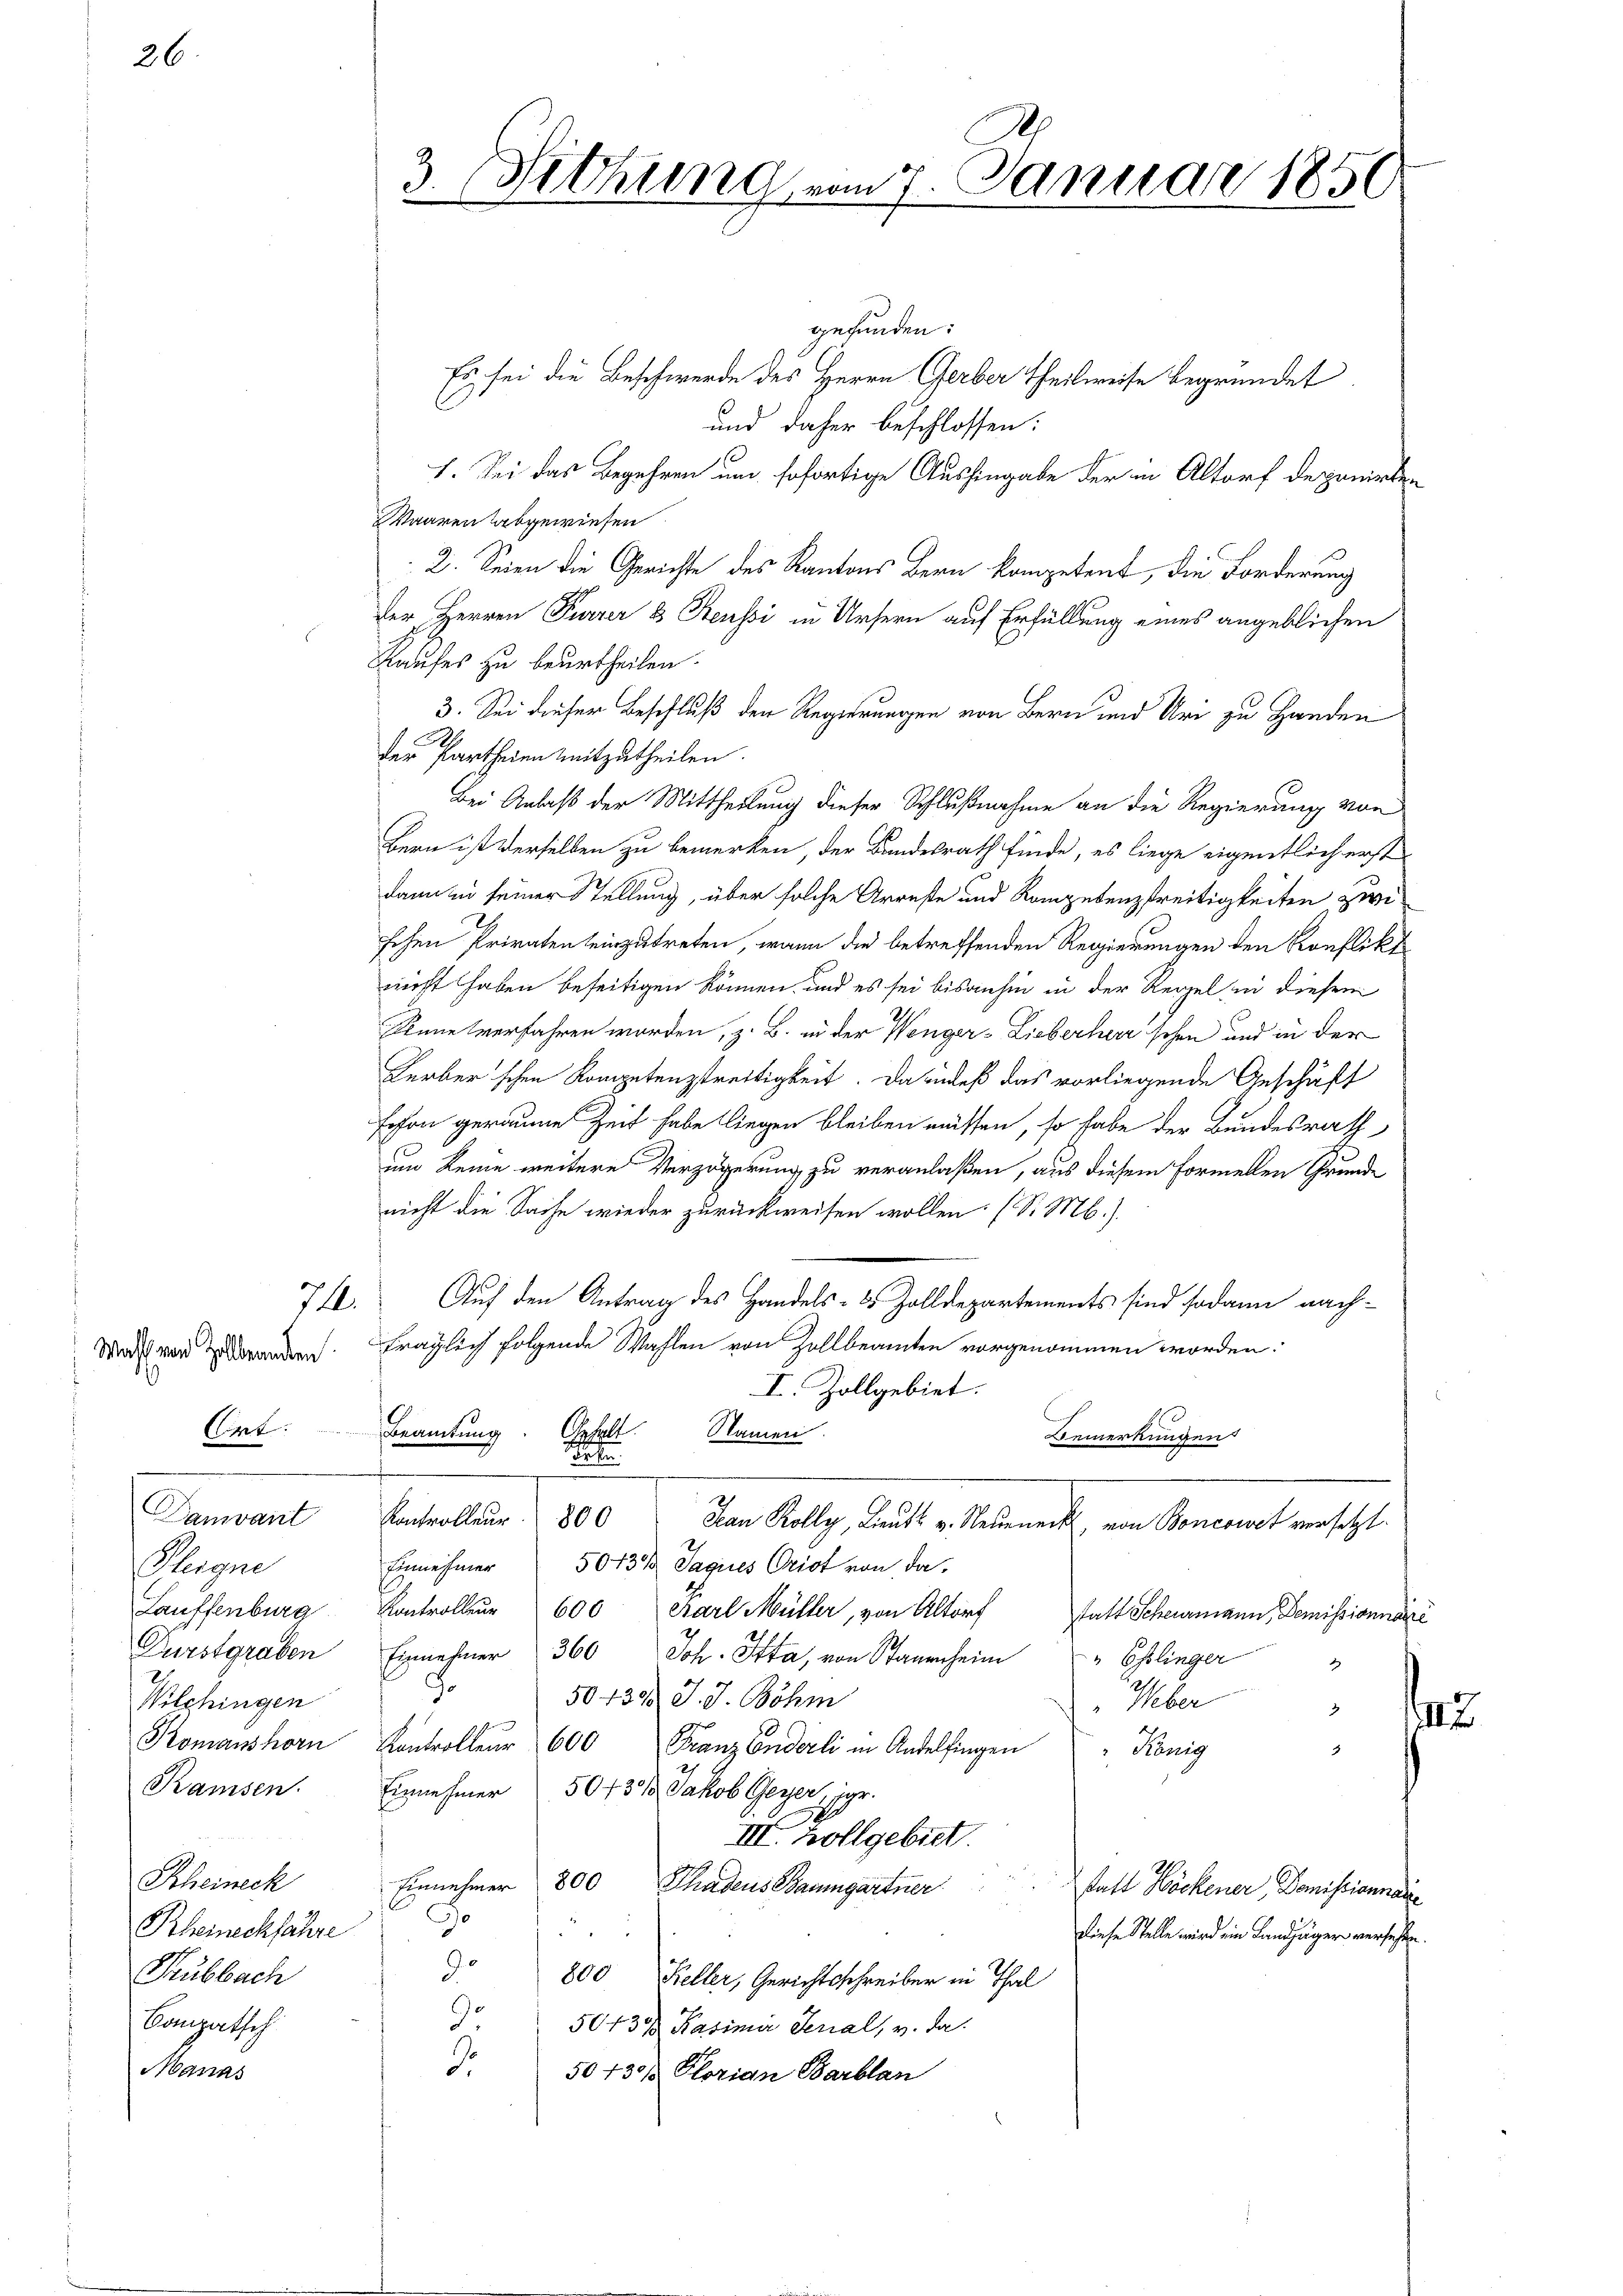
26

74.

Wahl von Zollbranden
Cont

Danvant
Plegne
Lauffenburg
Durstgraben
Wilchingen
Komanshorn
Ramsen.

Rheineck
Rheineckfahre
Trubbach
Canpatsch
Manas

gefunden:
Es sei die Beschwerde des Herrn Gerber Theilweise begründet.
und daher beschlossen:
I. Sei das Begehren und sofortige Aushingabe der in Altorf deponirten
Waaren abgewiesen
2. Seien die Gerichte des Kantons Bern kompetent, die Forderung
der Herren Furrer & Steussi in Ursern auf Erfüllung eines angeblichen
Kaufes zu beurtheilen.
3. Sei dieser Beschluß den Regierungen von Bern und Uri zu Handen
der Partheien mitzutheilen.
Bei Anlaß der Mittheilung dieser Schlußnahme an die Regierung von
Bern ist derselben zu bemerken, der Bundesrath finde, es liege eigentlich erst
dann in seiner Stellung, über solche Arreste und Kompetenzstreitigkeiten zwischen Privaten einzutreten, wann die betreffenden Regierungen den Konflikt
nicht haben beseitigen können, und es sei bisanhin in der Regel in diesem
Sinne verfahren worden, z. B. in der Wenger- Lieberherr sehen und in der
Kerber’schen Kompetenzstreitigkeit. Darindeß das vorliegende Geschäft
schon geraume Zeit habe liegen bleiben müssen, so habe der Bundesrath
um keine weitere Verzögerung zu veranlaßen, aus diesem Formellen Grunde
nicht die Sache wieder zurückweisen wollen (S. M.).
Auf den Antrag des Handels- & Zolldepartements sind sodann nachträglich folgende Wahlen von Zollbeamten vorgenommen worden:
I. Zollgebiet.
Beamtung
Gesell
Namen
Bemerkungen
rte.
s
Kontrolleur. 800
Dan Kolly, Lieut. v. Nebeneck von Boneriet versetzt.
Einnehmer 5013 ½ Jagues Crist von da.
Kontroller 600 Karl Müller, von Altorf statt Scheurmann, Demissionnaire
Einnehmer 360 Joh. Sta, von Stanenheim Esslinger
2
50437 J. J. Böhm
Weber
3
II2
Kontrolleur 600 Franz Enderli in Andelfingen
2
König
Einnehmer 5043/8 Jakob Geyer igr.
e
III. Zollgebiet.
Einnehmer 800 Thadens Baumgartner
statt Höckener, Domissionnai
Jo
5
Diese Stelle wird ein Landjäger versehen.
o
800 Keller, Gerichtsschreiber in Thal
o
50 f 30 Kasiner Serial, v. da
.
50730/ Florian Barblan

e
3. Sitzung vom 7. Januar 1856